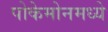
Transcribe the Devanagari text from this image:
पोकेमोनमध्ये